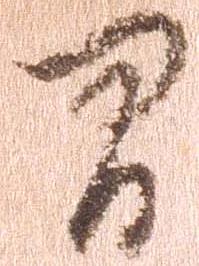
間